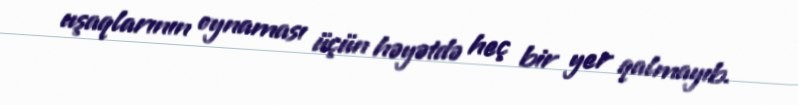
uşaqlarının oynaması üçün həyətdə heç bir yer qalmayıb.